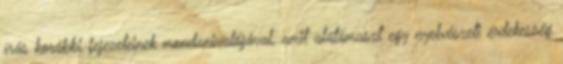
írás korábbi fejezeteinek mondanivalójával, amit alátámaszt egy nyelvészeti érdekesség